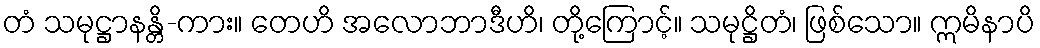
တံ သမုဋ္ဌာနန္တိ-ကား။ တေဟိ အလောဘာဒီဟိ၊ တို့ကြောင့်။ သမုဋ္ဌိတံ၊ ဖြစ်သော။ ဣမိနာပိ